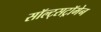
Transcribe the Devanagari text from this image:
सॉल्ट्सट्रॉमेन